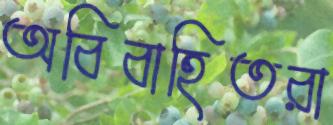
অবিবাহিতরা